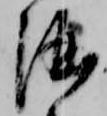
酒